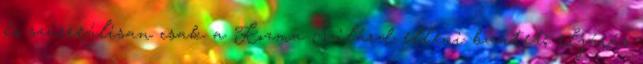
és szürreálisan csak a Kozma Szilárd elleni bűntető eljárás